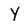
Character: Y